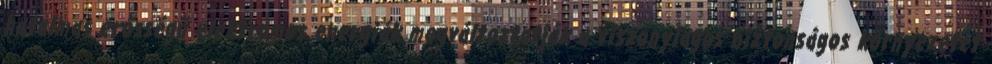
hatalmas erősségű elektromos energiák megváltoztatják a viszonylagos biztonságos környezetet